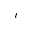
i